Vaccination in Bombay 1863-1868 - 1863-1868
Year: 1863
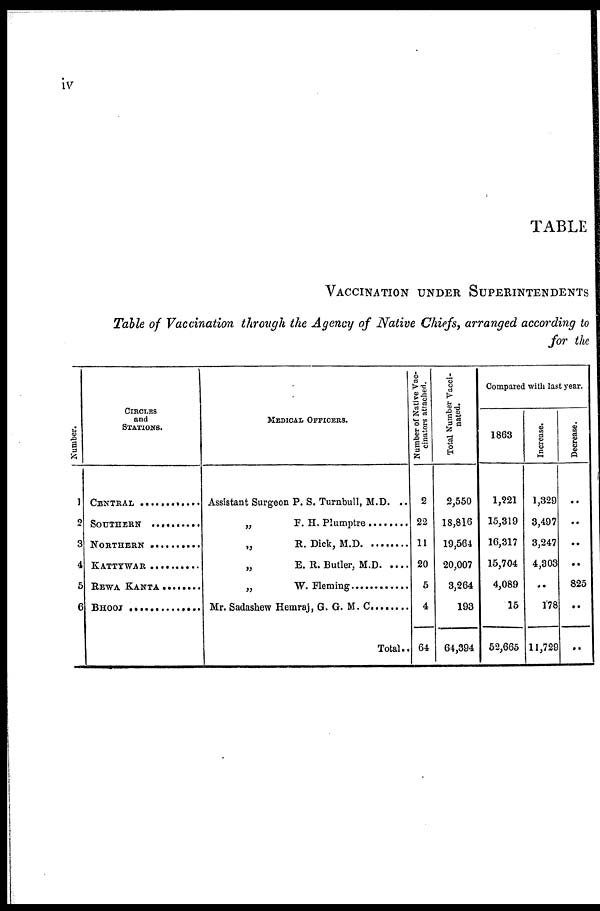
iv
TABLE
VACCINATION UNDER SUPERINTENDENTS
Table of Vaccination through the Agency of Native Chiefs, arranged according to
for the
Number.
1
2
3
4
5
6
CIRCLES
and
STATIONS.
CENTRAL ..............
SOUTHERN ...........
NORTHERN ..........
KATTYWAR .........
REWA KANTA .....
BHOOJ ..................
MEDICAL OFFICERS.
Assistant Surgeon P. S. Turnbull, M.D. ..
„ F. H. Plumptre ..........................
„
R. Dick, M.D...............
„
E. R. Butler, M.D. ...................
„ W. Fleming .............................
Mr. Sadashew Hemraj, G. G. M. C
. .......
Total..
Number of Native Vac-
cinators attached.
2
22
11
20
5
4
64
Total Number Vacci-
nated.
2,550
18,816
19,564
20,007
3,264
193
64,394
Compared with last year.
1863
1,221
15,319
16,317
15,704
4,089
15
52,665
Increase.
1,329
3,497
3,247
4,303
..
178
11,729
Decrease.
..
..
..
..
825
..
..